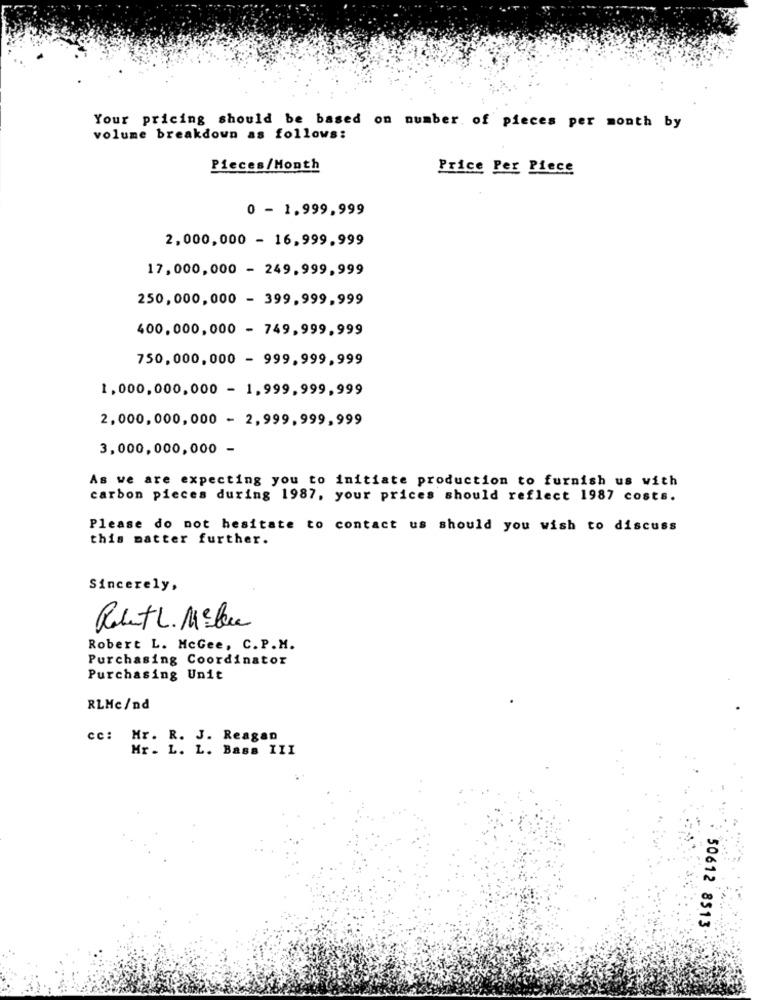
Your pricing should be based on number of pieces per month by
volume breakdown as follows:
Pieces/Month
Price Per Piece
0 - 1.999,999
2,000,000 - 16,999,999
17,000,000 - 249,999,999
250,000,000 - 399,999,999
400,000,000 - 749,999,999
750,000,000 - 999.999,999
1,000,000,000 - 1,999,999,999
2,000,000,000 - 2,999,999,999
3,000,000,000 -
As we are expecting you to initiate production to furnish us with
carbon pieces during 1987, your prices should reflect 1987 costs.
Please do not hesitate to contact us should you wish to discuss
this matter further.
Sincerely,
Robert L. Mike
Robert L. McGee, C. P.M.
Purchasing Coordinator
Purchasing Unit
RLMc/nd
cc:
Mr. R. J. Reagan
Mr. L. L. BaBB III
50612 8513